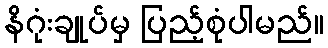
နိဂုံးချုပ်မှ ပြည့်စုံပါမည်။